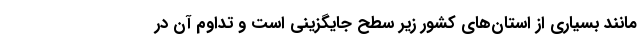
مانند بسیاری از استان‌های کشور زیر سطح جایگزینی است و تداوم آن در